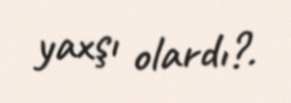
yaxşı olardı?.